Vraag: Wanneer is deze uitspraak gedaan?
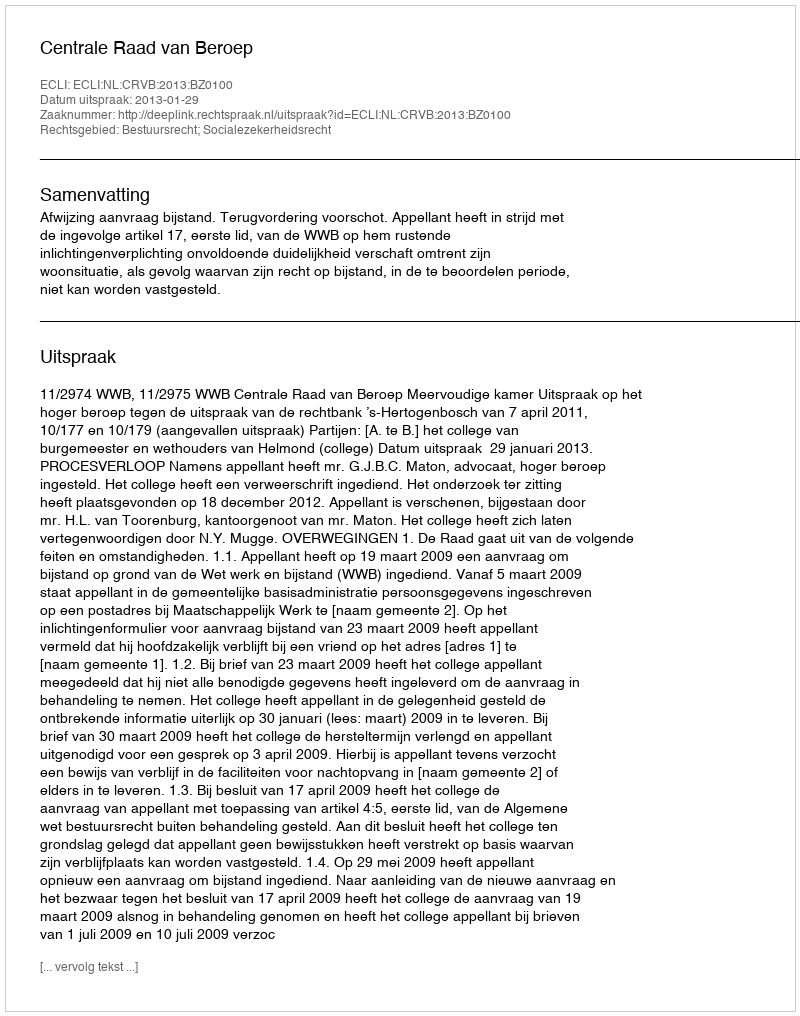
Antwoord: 2013-01-29